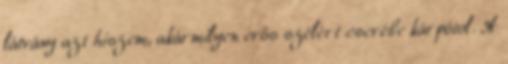
látvány azt hiszem, akármilyen erős szélért cserébe kárpótol. A